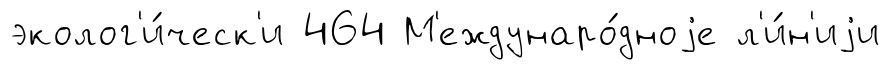
эколог'и́ческ'и 464 М'еждунаро́дноjе л'и́н'иjи